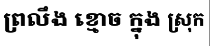
ព្រលឹង ខ្មោច ក្នុង ស្រុក